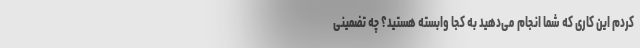
کردم این کاری که شما انجام می‌دهید به کجا وابسته هستید؟ چه تضمینی